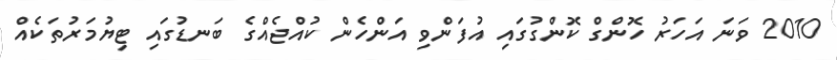
2010 ވަނަ އަހަރު ހޮންގް ކޮންގުގައި އުފަންވި އަންހެން ކުއްޖެއްގެ ބަނޑުގައި ޓިޔުމަރުތަކެއް